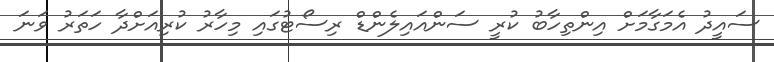
ސައީދު އެމަގާމަށް އިންތިހާބު ކުރީ ސަންއައިލެންޑް ރިސޯޓުގައި މިހާރު ކުރިއަށްދާ ހަތަރު ވަނަ